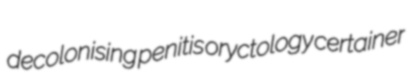
decolonising penitis oryctology certainer